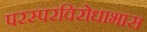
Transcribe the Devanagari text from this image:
परस्परविरोधाभास